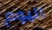
اليوم